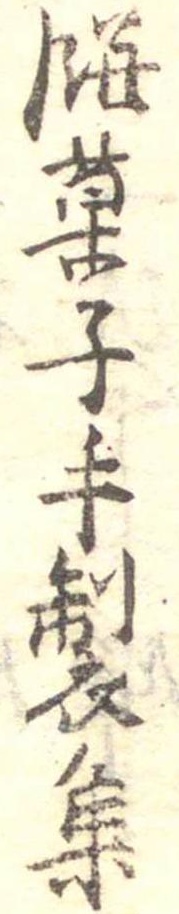
餅菓子手製集